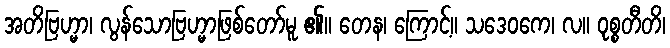
အတိဗြဟ္မာ၊ လွန်သောဗြဟ္မာဖြစ်တော်မူ ၏။ တေန၊ ကြောင့်။ သဒေဝကေ၊ လ။ ဝုစ္စတီတိ၊